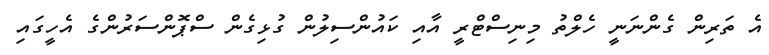
އެ ތަރިން ގެންނަނީ ހެލްތު މިނިސްޓްރީ އާއި ކައުންސިލުން ގުޅިގެން ސްޕޮންސަރުންގެ އެހީގައިި